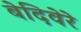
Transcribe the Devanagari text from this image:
बेदिवेरे